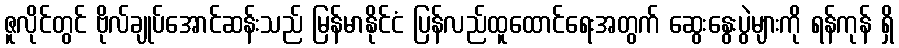
ဇူလိုင်တွင် ဗိုလ်ချုပ်အောင်ဆန်းသည် မြန်မာနိုင်ငံ ပြန်လည်ထူထောင်ရေးအတွက် ဆွေးနွေးပွဲများကို ရန်ကုန် ရှိ